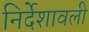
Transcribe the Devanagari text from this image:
निर्देशावली